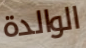
الوالدة